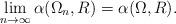
LaTeX: \begin{align*}\lim_{n \rightarrow \infty} \alpha(\Omega_n,R) = \alpha(\Omega, R).\end{align*}